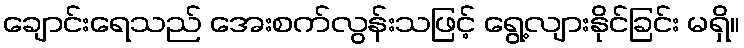
ချောင်းရေသည် အေးစက်လွန်းသဖြင့် ရွေ့လျားနိုင်ခြင်း မရှိ။